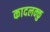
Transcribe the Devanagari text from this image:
कादलक्कु